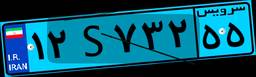
۱۲S۷۳۲۵۵